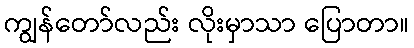
ကျွန်တော်လည်း လိုးမှာသာ ပြောတာ။